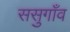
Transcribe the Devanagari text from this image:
ससुगाँव